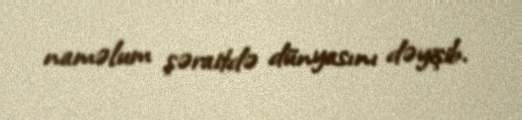
naməlum şəraitdə dünyasını dəyişib.